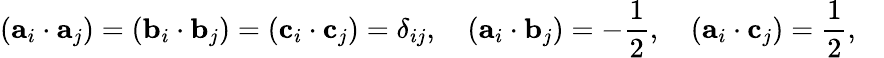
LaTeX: ({\mathbf a}_{i}\cdot{\mathbf a}_{j})=({\mathbf b}_{i}\cdot{\mathbf b}_{j})=({\mathbf c}_{i}\cdot{\mathbf c}_{j})=\delta_{ij},\quad({\mathbf a}_{i}\cdot{\mathbf b}_{j})=-\frac{1}{2},\quad({\mathbf a}_{i}\cdot{\mathbf c}_{j})=\frac{1}{2},\quad